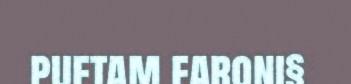
puftam faroni§